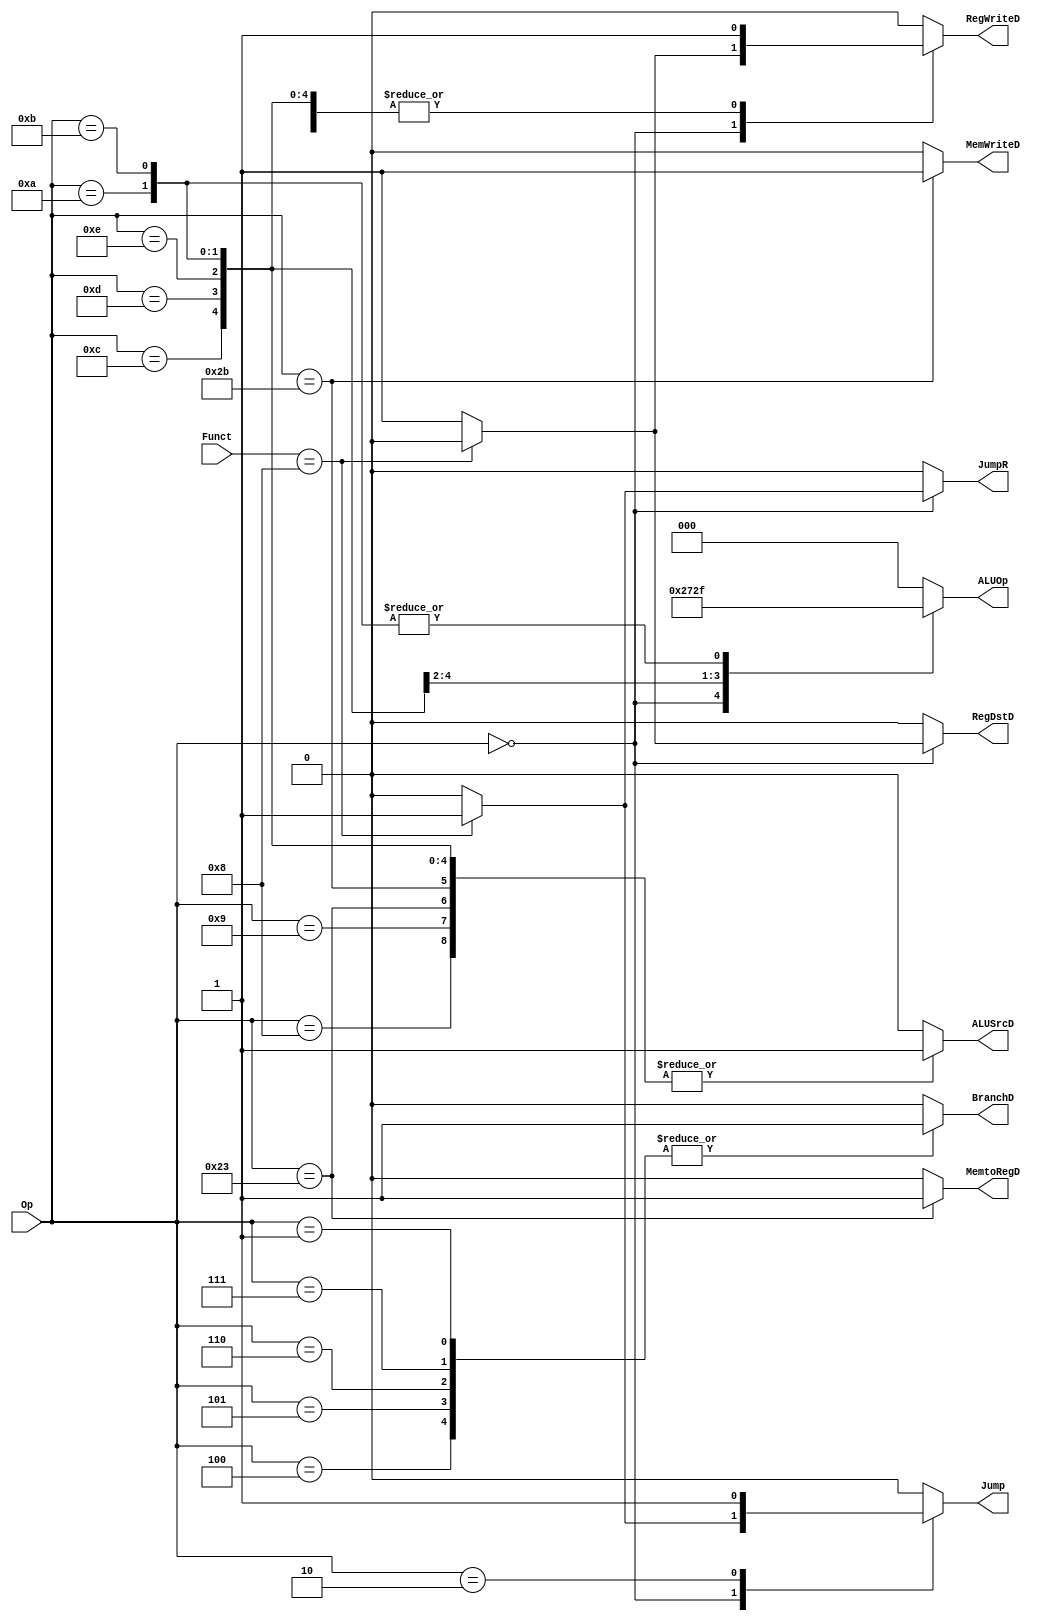
`timescale 1ns / 1ps
//////////////////////////////////////////////////////////////////////////////////
// Company: 
// Engineer: 
// 
// Design Name: 
// Module Name:    ControlUnit 
// Project Name: 
// Target Devices: 
// Tool versions: 
// Description: 
//
// Dependencies: 
//
// Revision: 
// Revision 0.01 - File Created
// Additional Comments: 
//
//////////////////////////////////////////////////////////////////////////////////
module ControlUnit(
	input [5:0]Op,
	input [5:0]Funct,
	output reg RegWriteD,
	output reg MemtoRegD,
	output reg MemWriteD,
	output reg ALUSrcD,
	output reg RegDstD,
	output reg BranchD,
	output reg Jump,
	output reg JumpR,
	output reg [2:0]ALUOp
    );

parameter Rtype=6'b000000;///add,/addu,/sub,/subu,/and,/or,/xor,/nor,slt,sltu,/jr    srl,sra,sllv,srlv,srav,sll

parameter addi=6'b001000;//
parameter addiu=6'b001001;
parameter andi=6'b001100;
parameter ori=6'b001101;
parameter xori=6'b001110;
parameter lw=6'b100011;//
parameter sw=6'b101011;//
parameter slti=6'b001010;
parameter sltiu=6'b001011;

parameter beq=6'b000100;
parameter bgez=6'b000001;
parameter bgtz=6'b000111;//
parameter blez=6'b000110;
parameter bltz=6'b000001;
parameter bne=6'b000101;//
//branch 6

parameter j=6'b000010;

always@(*)
begin
	case(Op)
		Rtype:
		begin
			if(Funct==6'b001000)//jr
			begin
				RegWriteD=0;
				MemtoRegD=0;
				MemWriteD=0;
				ALUSrcD=0;
				RegDstD=0;
				BranchD=0;
				Jump=1;
				JumpR=1;
				ALUOp=2;
			end
			else
			begin
				RegWriteD=1;
				MemtoRegD=0;
				MemWriteD=0;
				ALUSrcD=0;
				RegDstD=1;
				BranchD=0;
				Jump=0;
				JumpR=0;
				ALUOp=2;
			end
		end
		
		addi:
		begin
			RegWriteD=1;
			MemtoRegD=0;
			MemWriteD=0;
			ALUSrcD=1;
			RegDstD=0;
			BranchD=0;
			Jump=0;
			JumpR=0;
			ALUOp=0;
		end
		addiu:
		begin
			RegWriteD=1;
			MemtoRegD=0;
			MemWriteD=0;
			ALUSrcD=1;
			RegDstD=0;
			BranchD=0;
			Jump=0;
			JumpR=0;
			ALUOp=0;
		end
		//addurtype

		andi:
		begin
			RegWriteD=1;
			MemtoRegD=0;
			MemWriteD=0;
			ALUSrcD=1;
			RegDstD=0;
			BranchD=0;
			Jump=0;
			JumpR=0;
			ALUOp=3;
		end
		
		ori:
		begin
			RegWriteD=1;
			MemtoRegD=0;
			MemWriteD=0;
			ALUSrcD=1;
			RegDstD=0;
			BranchD=0;
			Jump=0;
			JumpR=0;
			ALUOp=4;
		end
		
		xori:
		begin
			RegWriteD=1;
			MemtoRegD=0;
			MemWriteD=0;
			ALUSrcD=1;
			RegDstD=0;
			BranchD=0;
			Jump=0;
			JumpR=0;
			ALUOp=5;
		end
		
		slti:
		begin
			RegWriteD=1;
			MemtoRegD=0;
			MemWriteD=0;
			ALUSrcD=1;
			RegDstD=0;
			BranchD=0;
			Jump=0;
			JumpR=0;
			ALUOp=7;
		end
		
		sltiu:
		begin
			RegWriteD=1;
			MemtoRegD=0;
			MemWriteD=0;
			ALUSrcD=1;
			RegDstD=0;
			BranchD=0;
			Jump=0;
			JumpR=0;
			ALUOp=7;
		end
		
		lw:
		begin
			RegWriteD=1;
			MemtoRegD=1;
			MemWriteD=0;
			ALUSrcD=1;
			RegDstD=0;
			BranchD=0;
			Jump=0;
			JumpR=0;
			ALUOp=0;
		end
		sw:
		begin
			RegWriteD=0;
			MemtoRegD=0;
			MemWriteD=1;
			ALUSrcD=1;
			RegDstD=0;
			BranchD=0;
			Jump=0;
			JumpR=0;
			ALUOp=0;
		end
		
		beq:
		begin
			RegWriteD=0;
			MemtoRegD=0;
			MemWriteD=0;
			ALUSrcD=0;
			RegDstD=0;
			BranchD=1;
			Jump=0;
			JumpR=0;
			ALUOp=0;
		end
		bne:
		begin
			RegWriteD=0;
			MemtoRegD=0;
			MemWriteD=0;
			ALUSrcD=0;
			RegDstD=0;
			BranchD=1;
			Jump=0;
			JumpR=0;
			ALUOp=0;
		end
		blez:
		begin
			RegWriteD=0;
			MemtoRegD=0;
			MemWriteD=0;
			ALUSrcD=0;
			RegDstD=0;
			BranchD=1;
			Jump=0;
			JumpR=0;
			ALUOp=0;
		end
		bgtz:
		begin
			RegWriteD=0;
			MemtoRegD=0;
			MemWriteD=0;
			ALUSrcD=0;
			RegDstD=0;
			BranchD=1;
			Jump=0;
			JumpR=0;
			ALUOp=0;
		end
		bltz:
		begin
			RegWriteD=0;
			MemtoRegD=0;
			MemWriteD=0;
			ALUSrcD=0;
			RegDstD=0;
			BranchD=1;
			Jump=0;
			JumpR=0;
			ALUOp=0;
		end
		bgez:
		begin
			RegWriteD=0;
			MemtoRegD=0;
			MemWriteD=0;
			ALUSrcD=0;
			RegDstD=0;
			BranchD=1;
			Jump=0;
			JumpR=0;
			ALUOp=0;
		end
		
		j:
		begin
			RegWriteD=0;
			MemtoRegD=0;
			MemWriteD=0;
			ALUSrcD=0;
			RegDstD=0;
			BranchD=0;
			Jump=1;
			JumpR=0;
			ALUOp=0;
		end
		
		default:
		begin
			RegWriteD=0;
			MemtoRegD=0;
			MemWriteD=0;
			ALUSrcD=0;
			RegDstD=0;
			BranchD=0;
			Jump=0;
			JumpR=0;
			ALUOp=0;
		end
		endcase
end

endmodule